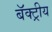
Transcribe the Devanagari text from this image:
बॅक्ट्रीय